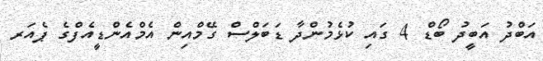
އަބްދު އަބީދު ބޯޑް 4 ގައި ކުޅެމުންދާ ޑަބަލްސް ގޭމްއިން އެމްއެންޑީއެފްގެ ޕެއަރ